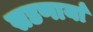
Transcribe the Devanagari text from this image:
सडणार्या